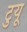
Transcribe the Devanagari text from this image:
टुयू